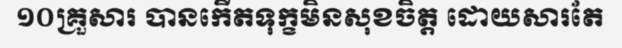
១០គ្រួសារ បានកើតទុក្ខមិនសុខចិត្ត ដោយសារតែ